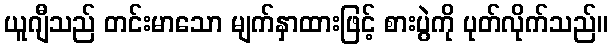
ယူဂျီသည် တင်းမာသော မျက်နှာထားဖြင့် စားပွဲကို ပုတ်လိုက်သည်။